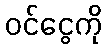
ဝင်ငွေကို